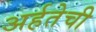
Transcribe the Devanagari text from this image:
अर्हतेची